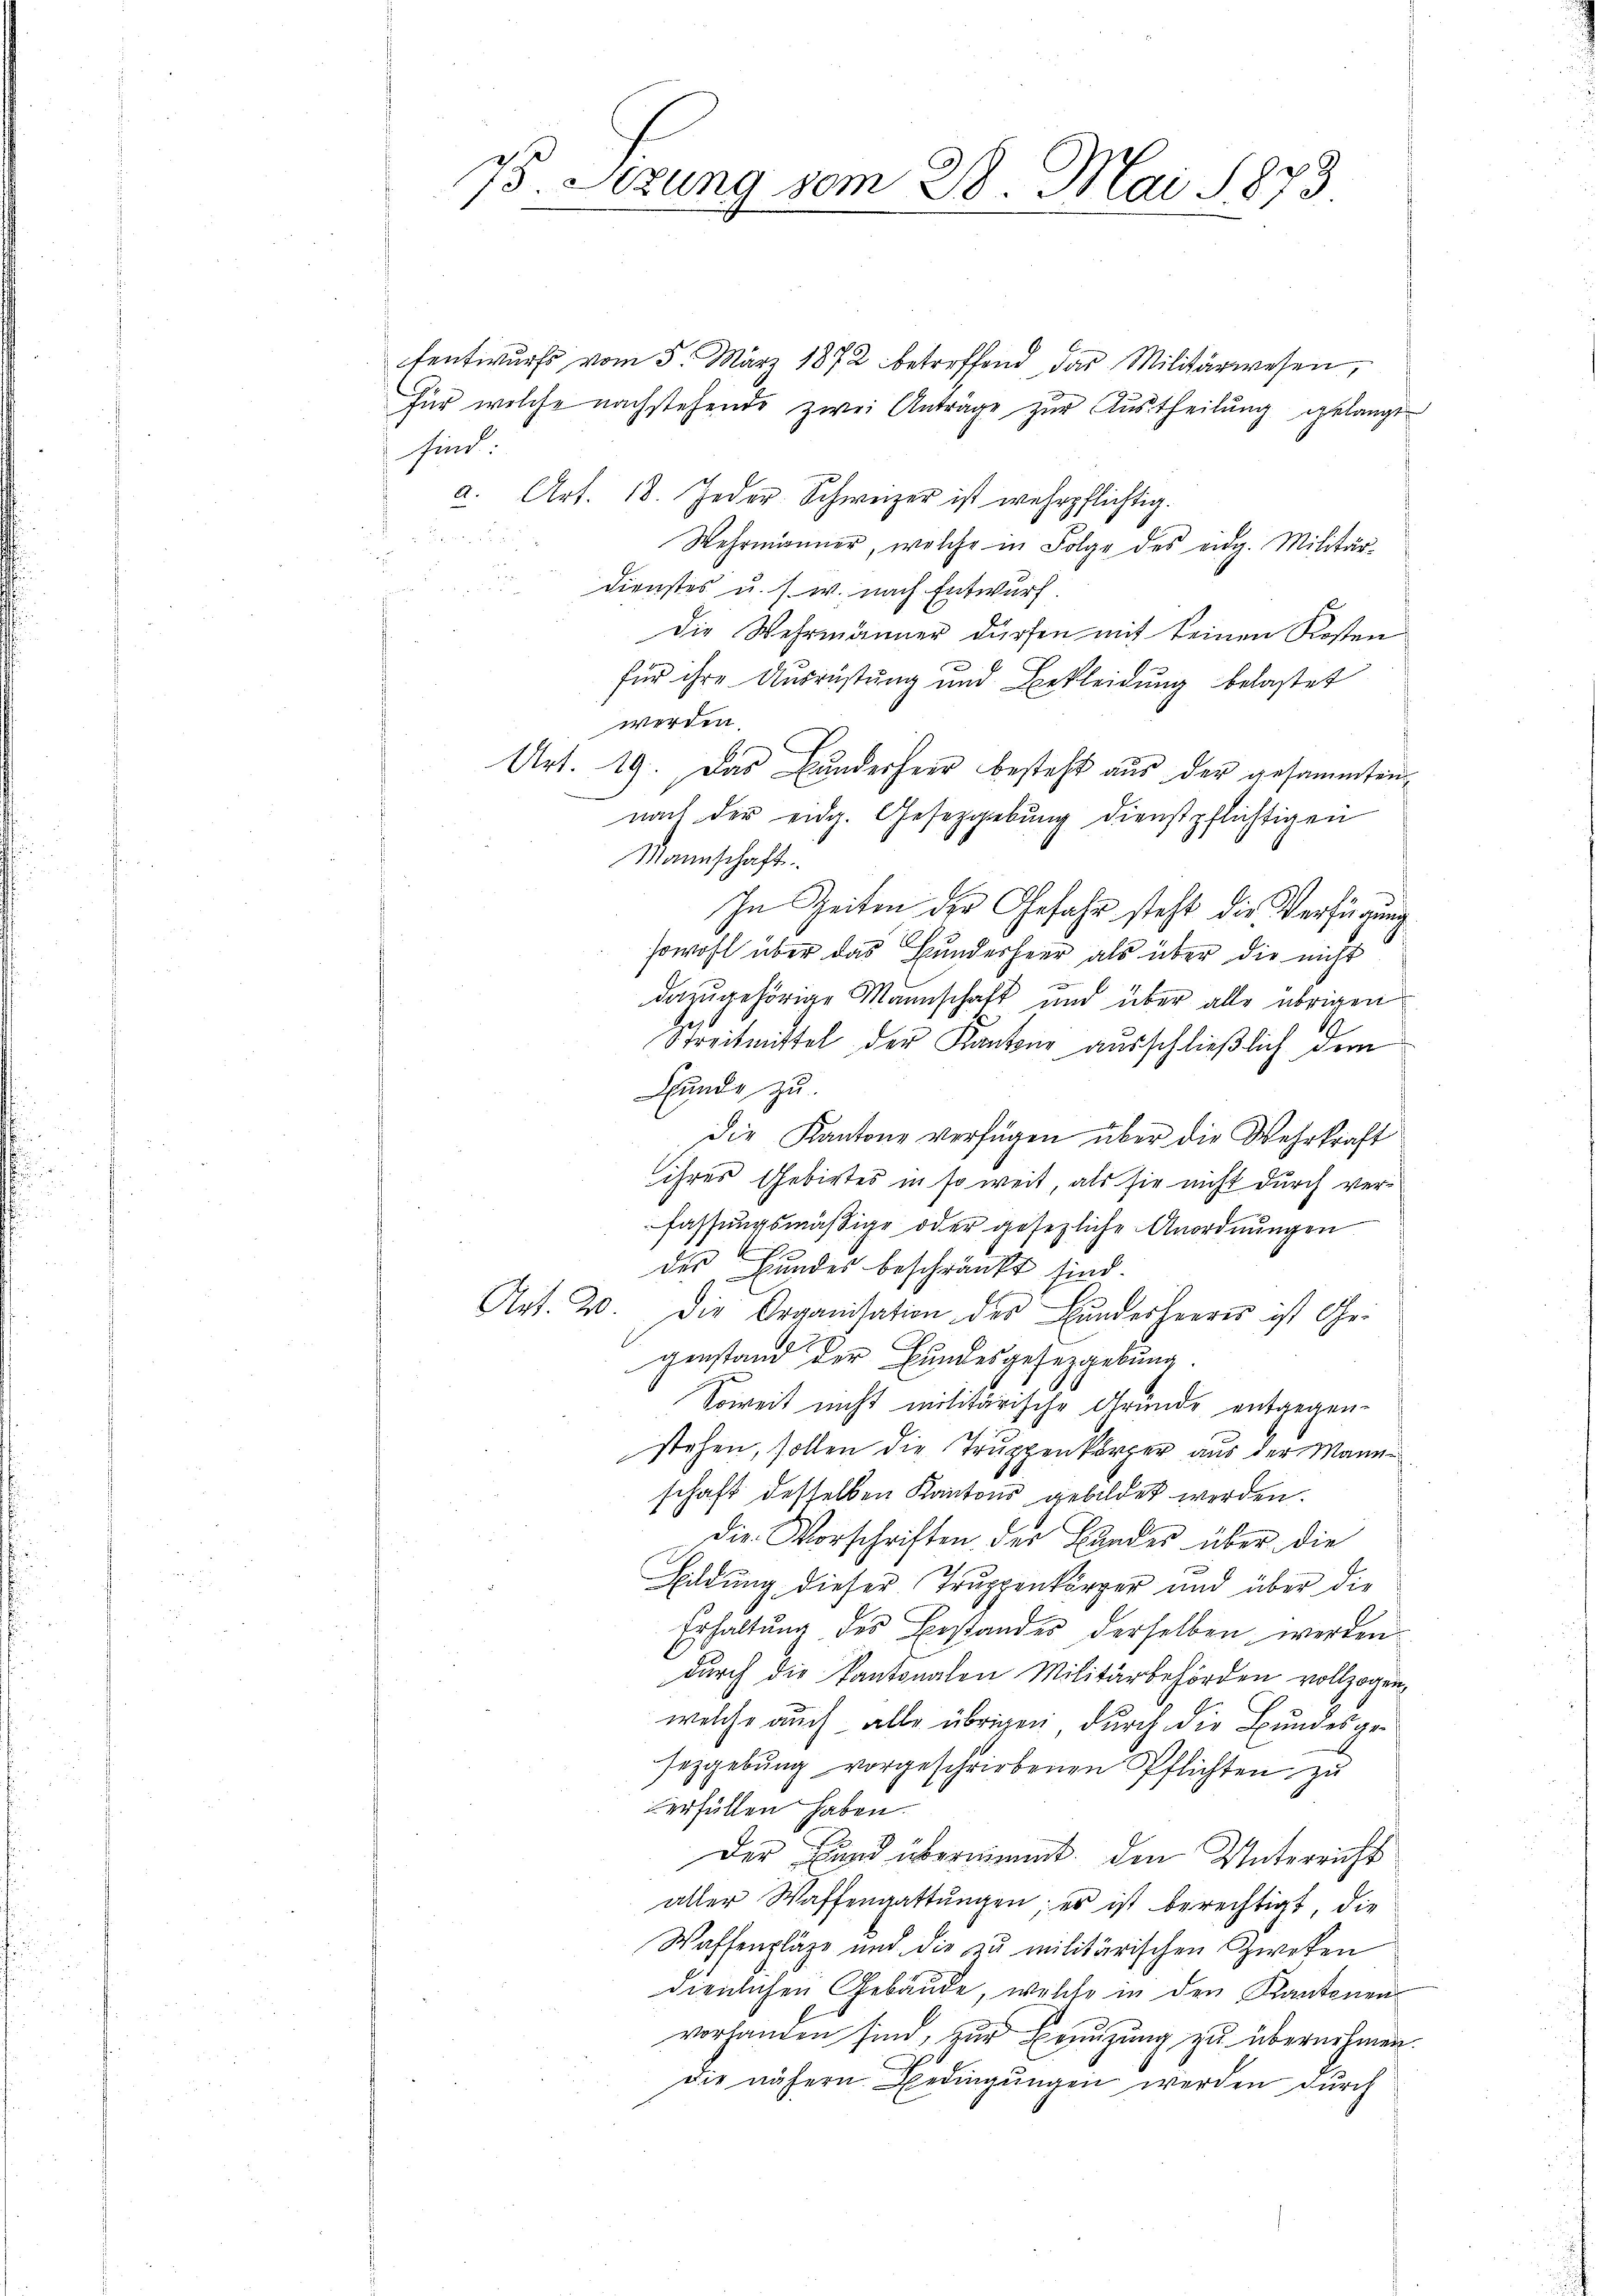
75. Sezung vom 28. Mai 1873

fentwurfs vom 5. März 1872 betreffend das Militärwesen,
Für welche nachstehende zwei Anträge zur Austheilung gelangt
sind.
.
2. Art. 18. Jeder Schweizer ist wehrpflichtig.
x
Wehrmanner, welche in Folge des eidg. Militär-
u
dienstes u. s. w. nach Entwurf.
Die Wehrmänner dürfen mit keinen Kosten
für ihre Ausrüstung und Bekleidung belastet
werden.
Art. 19. Das Bunderheer besteht aus der gesammten
nach der eidg. Gesetzgebung dienstpflichtigen
Mannschaft.
In Zeiten der Gefahr steht die Verfügung
sowohl über das Bundesheer als über die nicht
dazugehörige Mannschaft und über alle übrigen
Gerb
Streitmittel der Kantone ausschließlich dem
Bunde zu
Die Kantone verfügen über die Wehrkraft
ihres Gebirtes in so weit, als sie nicht durch verfassungsmäßige oder gesezliche Anordnungen
der Bundes beschränkt sind.
Art. 20. Die Organisation der Bŭndesheeres ist Gei
genstand der Bundesgesezgebung
Soweit nicht militärische Gründe entgegen-
stehen, sollen die Truppenkörper aus der Mannschaft desselben Kantons gebildet werden.
die Vorschriften der Bundes über die
Bildung dieser Truppenkörper und über die
Erhaltung des Bestandes derselben werden
durch die Kantonalen Militärbehörden vollzogen
welche auch alle übrigen durch die Bundesgeseggebŭng vorgeschriebenen Pflichten zu
erfüllen haben.
Der Grund übernimmt, den Unterricht
aller Waffengattungen; es ist berechtigt, die
Waffenpläge und die zu militärischen Zweken
dienlichen Gebäude, welche in den Kantonen
vorhanden sind, zur Benuzung zu übernehmen.
Die nähern Bedingungen werden durch